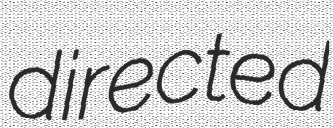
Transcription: directed